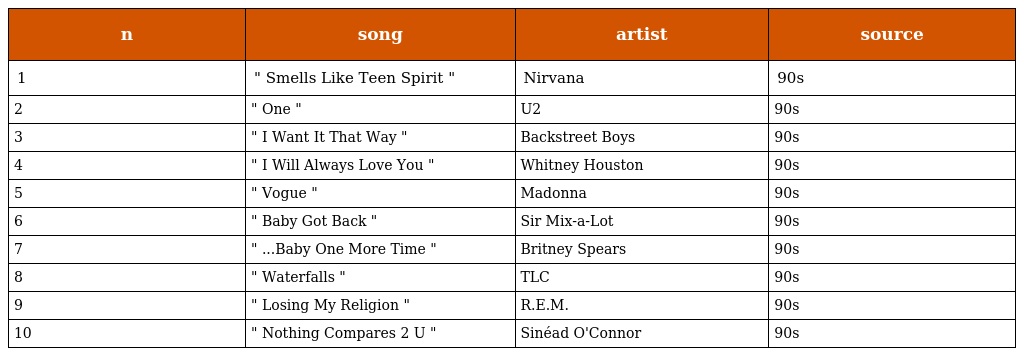
| n | song | artist | source |
 | --- | --- | --- | --- |
 | 1 | " Smells Like Teen Spirit " | Nirvana | 90s |
 | 2 | " One " | U2 | 90s |
 | 3 | " I Want It That Way " | Backstreet Boys | 90s |
 | 4 | " I Will Always Love You " | Whitney Houston | 90s |
 | 5 | " Vogue " | Madonna | 90s |
 | 6 | " Baby Got Back " | Sir Mix-a-Lot | 90s |
 | 7 | " ...Baby One More Time " | Britney Spears | 90s |
 | 8 | " Waterfalls " | TLC | 90s |
 | 9 | " Losing My Religion " | R.E.M. | 90s |
 | 10 | " Nothing Compares 2 U " | Sinéad O'Connor | 90s |